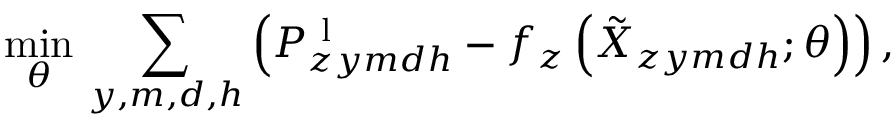
\operatorname* { m i n } _ { \theta } \, \sum _ { y , m , d , h } \left( P _ { z y m d h } ^ { \mathrm { ~ l ~ } } - f _ { z } \left( \Tilde { X } _ { z y m d h } ; \theta \right) \right) ,